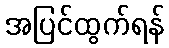
အပြင်ထွက်ရန်